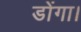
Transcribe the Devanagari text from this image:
डोंगा।